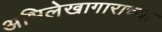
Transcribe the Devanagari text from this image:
अभिलेखागाराच्या